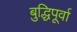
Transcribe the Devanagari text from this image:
बुद्धिपूर्वा